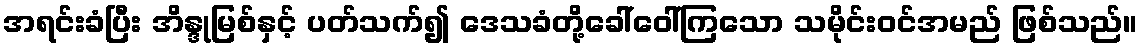
အရင်းခံပြီး အိန္ဒုမြစ်နှင့် ပတ်သက်၍ ဒေသခံတို့ခေါ်ဝေါ်ကြသော သမိုင်းဝင်အမည် ဖြစ်သည်။